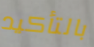
بالتأكيد